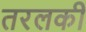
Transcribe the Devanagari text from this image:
तरलकी